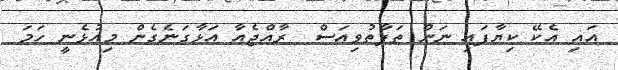
އައި އެކޭ ކިޔާފައި ނަން ތަފާތުވިއަސް  ރާއްޖެއާ އަޅާގަނެގެން މިއުޅެނީ ހަމަ